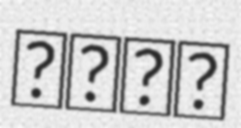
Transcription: קדיש